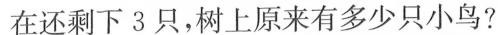
在还剩下3只，树上原来有多少只小鸟?